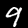
Label: 9